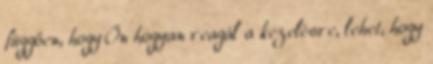
függően, hogy Ön hogyan reagál a kezelésre, lehet, hogy